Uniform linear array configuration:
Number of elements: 8
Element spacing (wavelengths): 0.5
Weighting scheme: cosine
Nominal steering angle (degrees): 45
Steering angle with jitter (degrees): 46.599
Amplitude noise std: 0.05
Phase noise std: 0.05

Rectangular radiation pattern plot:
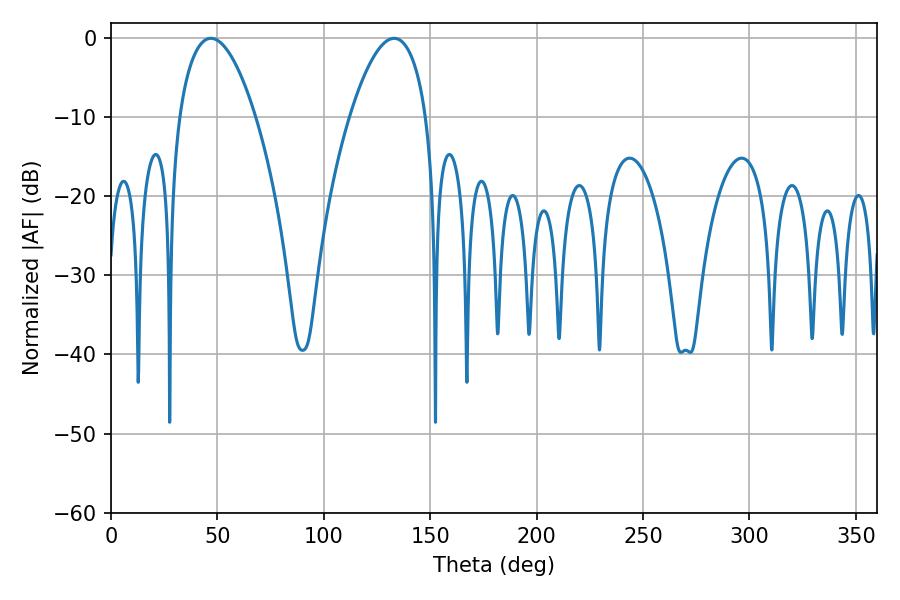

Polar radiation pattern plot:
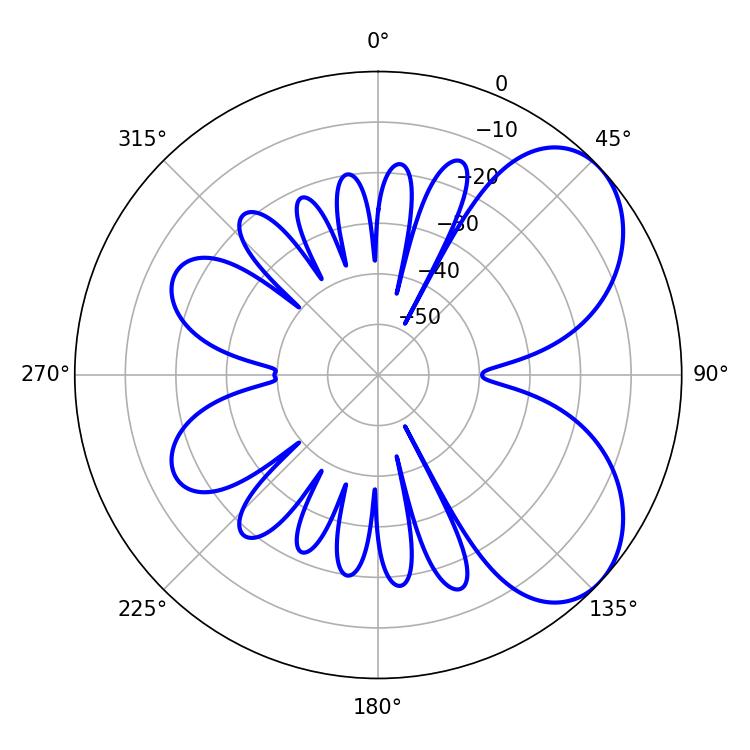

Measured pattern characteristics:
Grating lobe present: FALSE
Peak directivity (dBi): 5.732
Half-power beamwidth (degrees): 19.98
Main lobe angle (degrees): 46.98